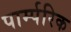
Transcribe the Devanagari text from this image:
पार्म्परिक